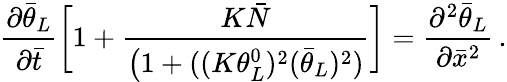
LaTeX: \frac{\partial{\bar{\theta}}_{L}}{\partial\bar{t}}\bigg[1+\frac{K\bar{N}}{\big(1+((K\theta_{L}^{0})^{2}(\bar{\theta}_{L})^{2})}\bigg]=\frac{\partial^{2}\bar{\theta}_{L}}{\partial\bar{x}^{2}}\, .